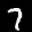
Label: 7